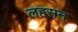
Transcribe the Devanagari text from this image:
लहसन